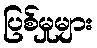
ပြစ်မှုများ